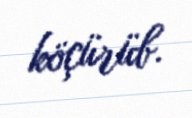
köçürüb.